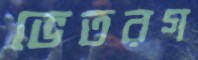
ভেতরগ